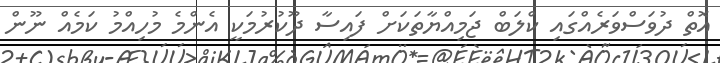
އޮތް ދުވަސްވަރެއްގައި ކްލަބް ޖަމިއްޔާތަކަށް ފައިސާ ދޫކުރުމަކީ އެންމެ މުހިއްމު ކަމެއްް ނޫން